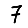
Digit: 7